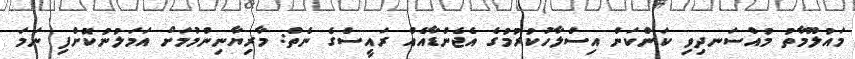
މައުލޫމާތު މުއްސަނދިވި ކަންކަން އިސްލާހުކުރުމުގެ އެޖެންޑާއެއް ރައީސްގެ ނެތް: މާރިޔާނިންމުމަށް އަމަލުނުކޮށްފި ނަމަ